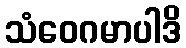
သံဝေဂမာပါဒိ